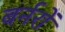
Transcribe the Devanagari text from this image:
बर्नरों